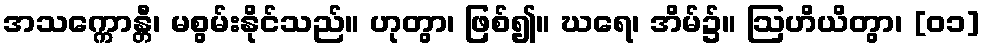
အသက္ကောန္တီ၊ မစွမ်းနိုင်သည်။ ဟုတွာ၊ ဖြစ်၍။ ဃရေ၊ အိမ်၌။ ဩဟိယိတွာ၊ [၀၁]